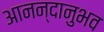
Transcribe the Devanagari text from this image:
आनन्दानुभव